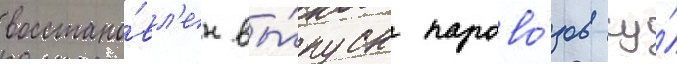
восстано́вл'ен вы́пуск парово́зов су́